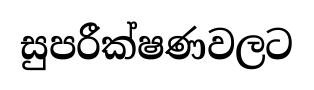
සුපරීක්ෂණවලට